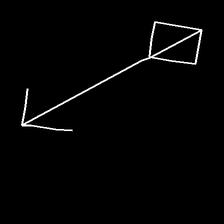
Glyph: focus